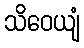
သိဝေယျံ